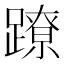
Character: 蹽